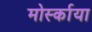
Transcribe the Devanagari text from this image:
मोर्स्काया